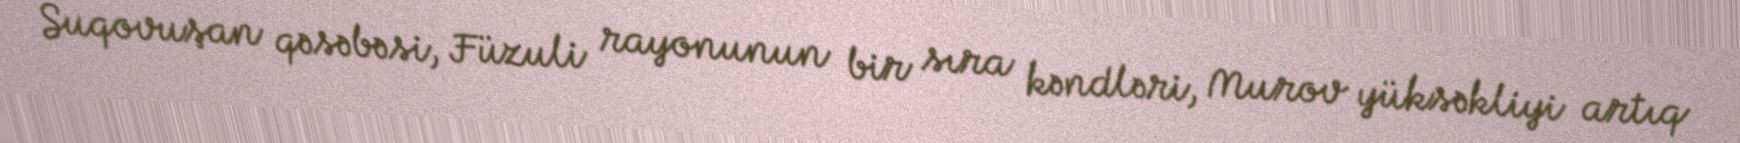
Suqovuşan qəsəbəsi, Füzuli rayonunun bir sıra kəndləri, Murov yüksəkliyi artıq